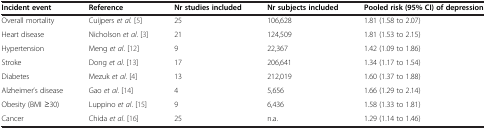
| Incident event | Reference | Nr studies included | Nr subjects included | Pooled risk (95% CI) of depression |
 | --- | --- | --- | --- | --- |
 | Overall mortality | Cuijpers et al.[5] | 25 | 106,628 | 1.81 (1.58 to 2.07) |
 | Heart disease | Nicholson et al. [3] | 21 | 124,509 | 1.81 (1.53 to 2.15) |
 | Hypertension | Meng et al. [12] | 9 | 22,367 | 1.42 (1.09 to 1.86) |
 | Stroke | Dong et al. [13] | 17 | 206,641 | 1.34 (1.17 to 1.54) |
 | Diabetes | Mezuk et al. [4] | 13 | 212,019 | 1.60 (1.37 to 1.88) |
 | Alzheimer’s disease | Gao et al. [14] | 4 | 5,656 | 1.66 (1.29 to 2.14) |
 | Obesity (BMI ≥30) | Luppino et al. [15] | 9 | 6,436 | 1.58 (1.33 to 1.81) |
 | Cancer | Chida et al. [16] | 25 | n.a. | 1.29 (1.14 to 1.46) |